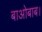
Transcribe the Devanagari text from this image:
बाओबाब।